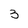
Character: 3